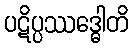
ပဋိပ္ပဿဒ္ဓေါတိ